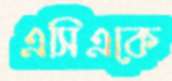
এসিএকে